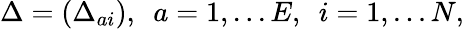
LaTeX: \Delta=(\Delta_{ai}),~~a=1,...E,~~i=1,...N,